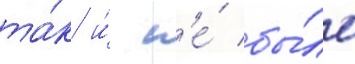
та́к и́ н'е́ бы́ло